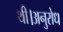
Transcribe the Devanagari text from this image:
थी।अनुरोध